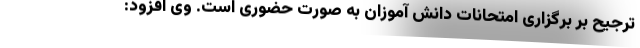
ترجیح بر برگزاری امتحانات دانش آموزان به صورت حضوری است. وی افزود: